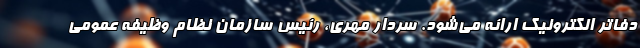
دفاتر الکترونیک ارائه می‌شود. سردار مهری، رئیس سازمان نظام وظیفه عمومی